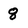
Character: 8